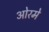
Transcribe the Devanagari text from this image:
ओरमे